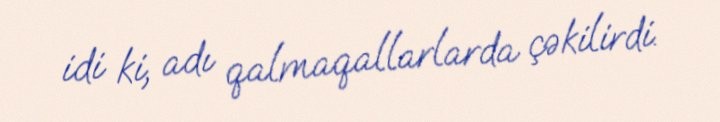
idi ki, adı qalmaqallarlarda çəkilirdi.